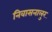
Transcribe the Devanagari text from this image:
निवासनालुर